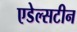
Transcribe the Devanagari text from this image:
एडेल्सटीन